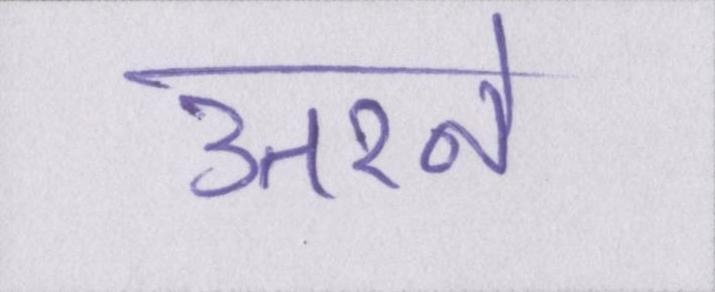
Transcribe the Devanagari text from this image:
उतरने